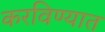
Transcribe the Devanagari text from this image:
करविण्यात